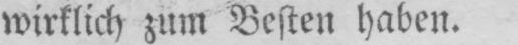
wirklich zum Besten haben.